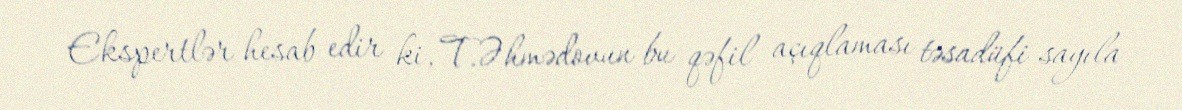
Ekspertlər hesab edir ki, T.Əhmədovun bu qəfil açıqlaması təsadüfi sayıla